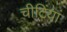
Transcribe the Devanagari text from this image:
चीटिंयां